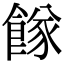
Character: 𩝌